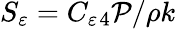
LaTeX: S_{\varepsilon}=C_{\varepsilon}{}_{4}\mathcal{P}/\rho k